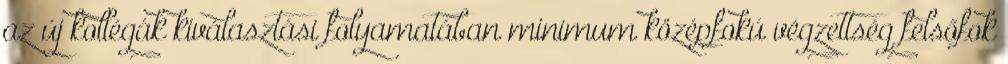
az új kollégák kiválasztási folyamatában minimum középfokú végzettség felsőfok